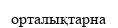
орталықтарна